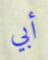
أبي